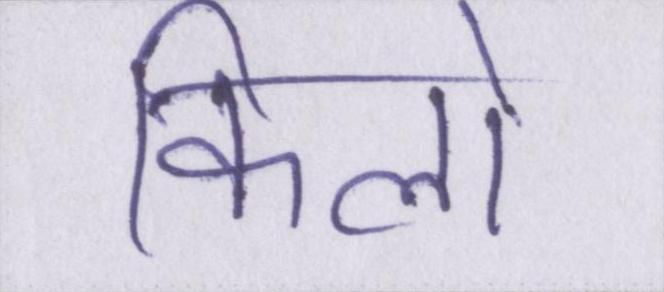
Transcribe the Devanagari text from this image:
किलो